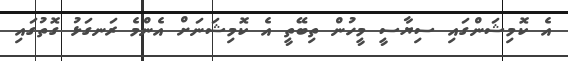
އެ ކޮމިޝަންގައި ސިޔާސީ މީހުން ތިބޭތީ އެ ކޮމިޝަނަށް އެންމެ ރަނގަޅު ގޮތުގައި